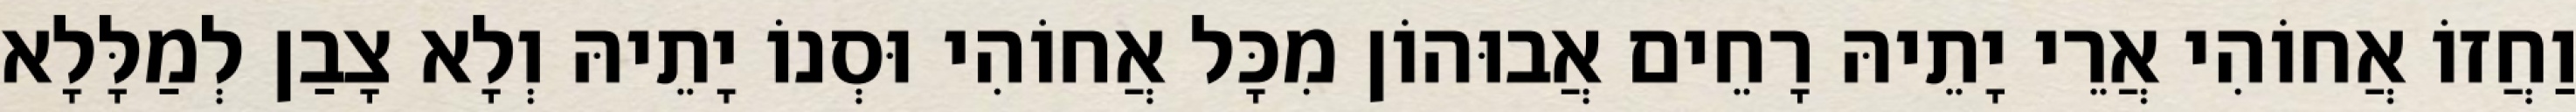
וַחֲזוֹ אֲחוֹהִי אֲרֵי יָתֵיהּ רָחֵים אֲבוּהוֹן מִכָּל אֲחוֹהִי וּסְנוֹ יָתֵיהּ וְלָא צָבַן לְמַלָּלָא